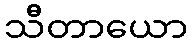
သီတာယော